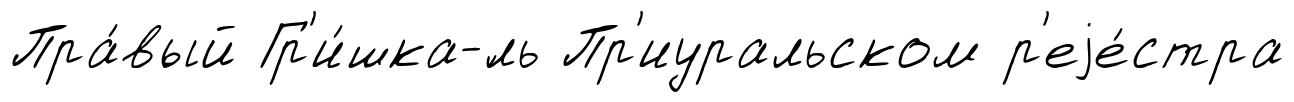
Пра́вый Гр'и́шка-́ль Пр'иуральском р'еjе́стра